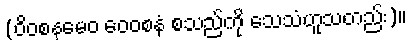
(ဝိဝစနမေဝ ဝေဝစနံ စသည်ကို သေသံဟူသတည်း)။